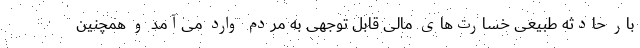
بار حادثه طبیعی خسارت‌های مالی قابل توجهی به مردم وارد می‌آمد و همچنین